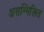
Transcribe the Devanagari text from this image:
असम्मिलित